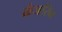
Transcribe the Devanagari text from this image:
कंजरिन